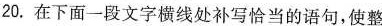
20.在下面一段文字横线处补写恰当的语句，使整